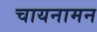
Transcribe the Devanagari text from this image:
चायनामन